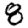
Digit: 8